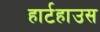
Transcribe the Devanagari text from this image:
हार्टहाउस